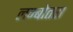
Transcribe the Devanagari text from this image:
लम्बोतरा